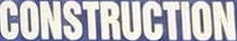
CONSTRUCTION